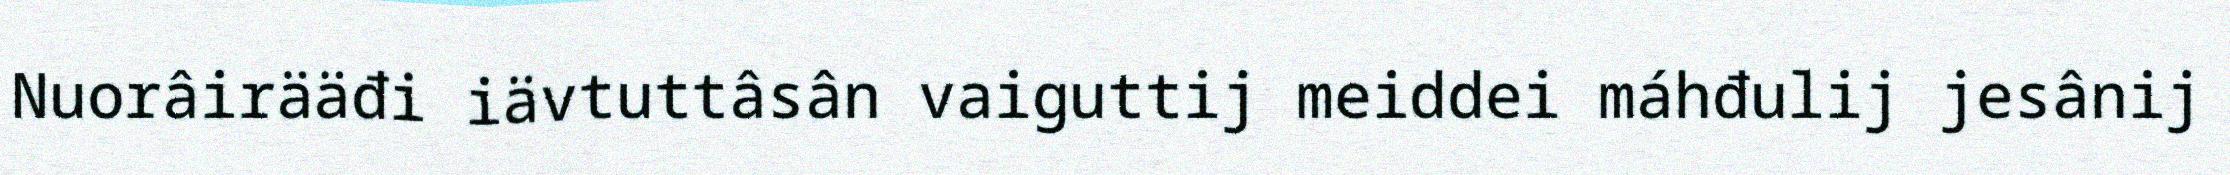
Nuorâirääđi iävtuttâsân vaiguttij meiddei máhđulij jesânij